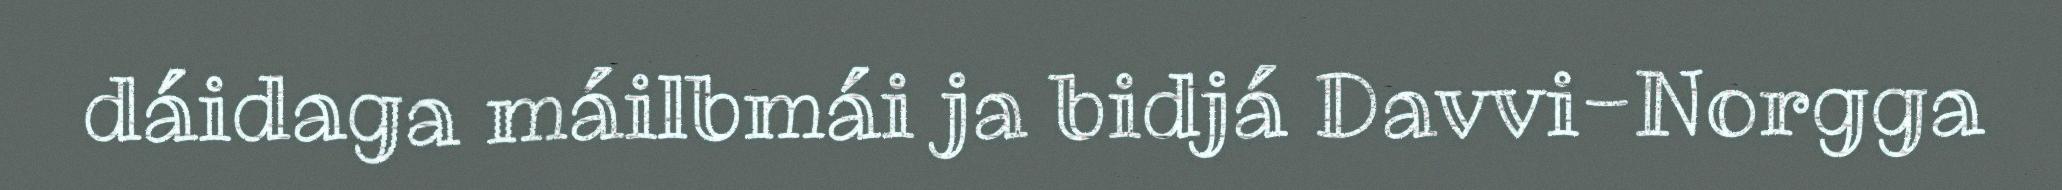
dáidaga máilbmái ja bidjá Davvi-Norgga